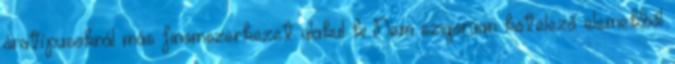
óratípusoknál más finomszerkezet alakul ki Nem szigorúan kötelező elemekből